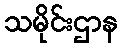
သမိုင်းဌာန